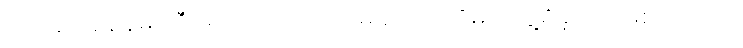
သေဆုံးခဲ့ချိန်မှာ ဒီရောဂါပိုးကို ပထမဆုံးအကြိမ် တွေ့ရှိခဲ့တာ ဖြစ်ပါတယ်။